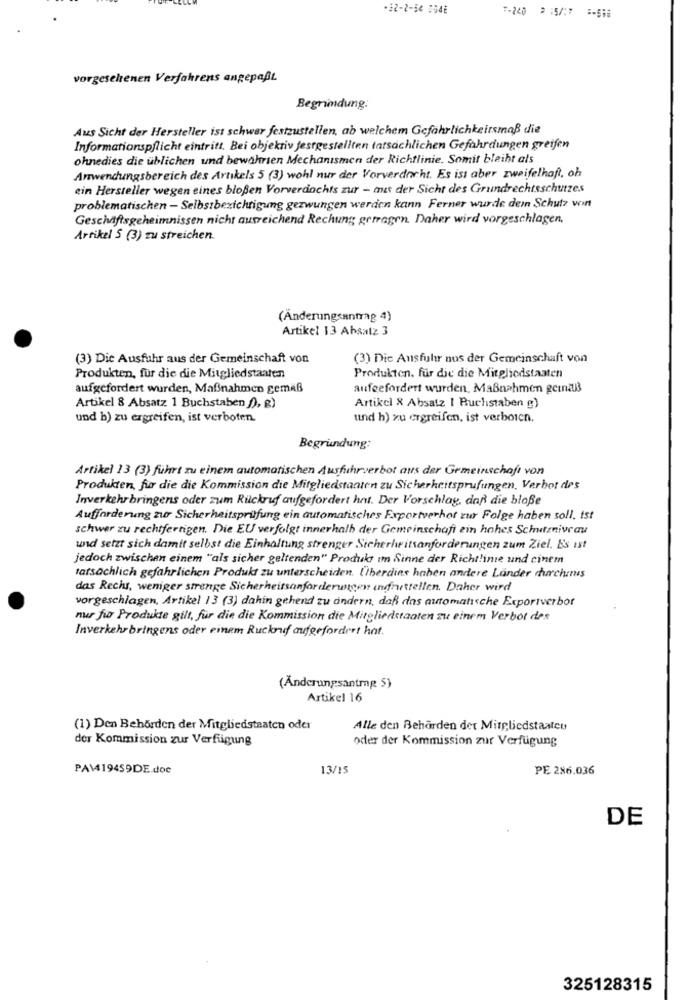
+12-2-54 054E
7-240 9 :5/7 -518
vorgesehenen Verfahrens angepaßt
Begrimdung:
Aus Sicht der Hersteller ist schwer festzustellen, ab welchem Gefährlichkeitsmaß die
Informationspflicht eintritt. Bei objektiv festgestellten tatsächlichen Gefahrdungen greifen
ohnedies die üblichen und bewährten Mechanismen der Richtlinie. Somit bleibt als
Anwendungsbereich des Artikels 5 (3) wohl nur der Vorverdacht. Es ist aber zweifelhaft, oh
ein Hersteller wegen eines bloßen Vorverdachts zur - mit der Sicht des Grundrechtsschutzes
problematischen - Selbstberichtigung gezwungen werden kann Ferner wurde dem Schutz win
Geschäftsgeheimnissen nicht ausreichend Rechung getragen. Daher wird vorgeschlagen,
Artikel S (3) zu streichen.
(Änderungsantrag 4)
Artikel 13 Absatz 3
(3) Die Ausfuhr aus der Gemeinschaft von
(3) Dic Ausfuhr aus der Gemeinschaft von
Produkten, für die die Mitgliedstaaten
Produkten. für die die Mitgliedstaaten
aufgefordert wurden, Maßnahmen gemäß
aufgefordert wurden, Maßnahmen gernaB
Artikel 8 Absatz 1 Buchstaben f), g)
Artikel & Absatz | Buchstaben g)
und b) zu ergreifen, ist verboten.
und h) zu ergreifen, ist verboien.
Begründung:
Artikel 13 (3) führt zu einem automatischen Ausfuhrverbot aus der Gemeinschaft von
Produkten, fur die die Kommission die Mitgliedstaaten zu Sicherheitsprufungen, Verbot des
Inverkehrbringens oder zum Rückruf aufgefordert hat. Der Vorschlag, daß die bloße
Aufforderung zur Sicherheitsprüfung ein automatisches Exportverhot zur Folge haben soll. ist
schwer zu rechtfertigen. Die EU verfolgt innerhalb der Gemeinschaft ein hohes Schutzniveau
und setzt sich damit selbst die Einhaltung strenger Sicherlwitsanforderungen zum Ziel. Es ist
jedoch zwischen einem "als sicher geltenden" Produla im Sinne der Richtlinie und cinem
tatsachlich gefahrlichen Produkt zu unterscheiden. Überdine hahen andere Länder churchans
das Recht, weniger strenge Sicherheitsanforderungen indruttellen. Daher wird
vorgeschlagen, Artikel 13 (3) dahin gehend zu ändern, daß das automatische Exportverbor
nur fur Produkte gilt, für die die Kommission die Mitgliedstaaten zu einem Verbot des
Inverkehrbringens oder einem Ruckruif aufgefordert hat.
(Änderungsantrag 5)
Artikel 16
(1) Den Behörden der Mitgliedstaaten oder
Alle den Behörden der Mitgliedstaateu
der Kommission zur Verfügung
oder der Kommission zur Verfügung
PA\419459DE.doc
13/15
PE 286.036
DE
325128315